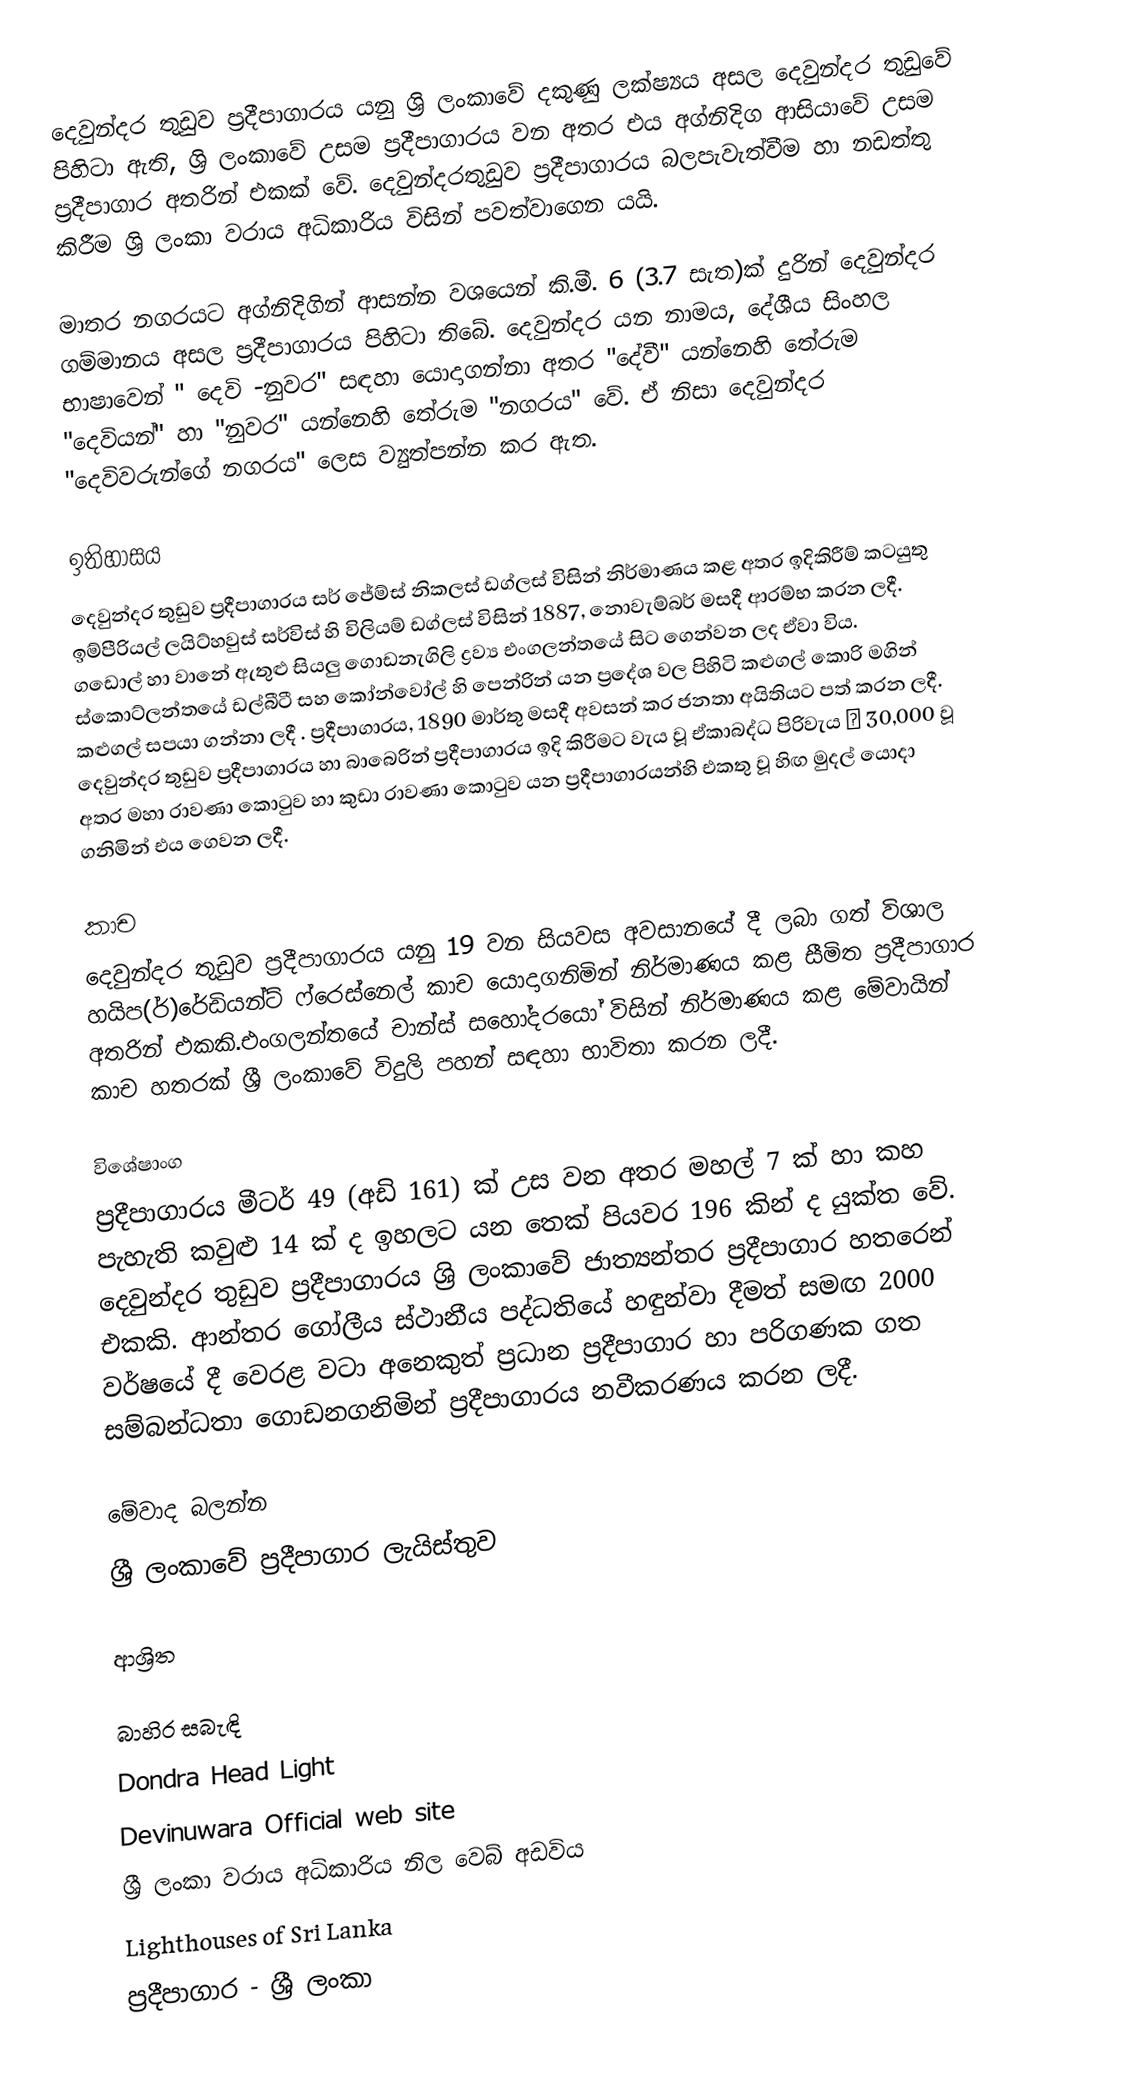
දෙවුන්දර තුඩුව ප්‍රදීපාගාරය යනු ශ්‍රි ලංකාවේ දකුණු ලක්ෂ්‍යය අසල දෙවුන්දර තුඩුවේ පිහිටා ඇති, ශ්‍රි ලංකාවේ උසම ප්‍රදීපාගාරය වන අතර එය අග්නිදිග ආසියාවේ උසම ප්‍රදීපාගාර අතරින් එකක් වේ. දෙවුන්දරතුඩුව ප්‍රදීපාගාරය බලපැවැත්වීම හා නඩත්තු කිරීම ශ්‍රි  ලංකා වරාය අධිකාරිය විසින් පවත්වාගෙන යයි.

මාතර නගරයට අග්නිදිගින් ආසන්න වශයෙන් කි.මී. 6 (3.7 සැත)ක් දුරින් දෙවුන්දර ගම්මානය අසල ප්‍රදීපාගාරය පිහිටා තිබේ. දෙවුන්දර යන නාමය, දේශීය සිංහල භාෂාවෙන් " දෙවි -නුවර" සඳහා යොදාගන්නා අතර  "දේවී" යන්නෙහි තේරුම "දෙවියන්" හා "නුවර" යන්නෙහි තේරුම "නගරය" වේ. ඒ නිසා දෙවුන්දර "දෙවිවරුන්ගේ නගරය"  ලෙස ව්‍යුත්පන්න කර ඇත.

ඉතිහාසය
දෙවුන්දර තුඩුව ප්‍රදීපාගාරය සර් ජේම්ස් නිකලස් ඩග්ලස් විසින් නිර්මාණය කළ අතර ඉදිකිරීම් කටයුතු ඉම්පීරියල් ලයිට්හවුස් සර්විස්  හි විලියම් ඩග්ලස් විසින් 1887, නොවැම්බර් මසදී ආරම්භ කරන ලදී. ගඩොල් හා වානේ ඇතුළු සියලු ගොඩනැගිලි  ද්‍රව්‍ය එංගලන්තයේ සිට ගෙන්වන ලද ඒවා විය. ස්කොට්ලන්තයේ  ඩල්බීටී සහ කෝන්වෝල් හි පෙන්‍රින් යන ප්‍රදේශ වල පිහිටි කළුගල් කොරි මගින් කළුගල් සපයා ගන්නා ලදී . ප්‍රදීපාගාරය, 1890 මාර්තු මසදී අවසන් කර ජනතා අයිතියට පත් කරන ලදී. දෙවුන්දර තුඩුව ප්‍රදීපාගාරය හා බාබෙරින් ප්‍රදීපාගාරය ඉදි කිරීමට වැය වූ  ඒකාබද්ධ පිරිවැය ₤ 30,000 වූ අතර මහා රාවණා කොටුව හා කුඩා රාවණා කොටුව යන ප්‍රදීපාගාරයන්හි එකතු වූ හිඟ මුදල් යොදා ගනිමින් එය ගෙවන ලදී.

කාච
දෙවුන්දර තුඩුව ප්‍රදීපාගාරය යනු 19 වන සියවස අවසානයේ දී ලබා ගත් විශාල හයිප(ර්)රේඩියන්ට් ෆ්රෙස්නෙල් කාච යොදාගනිමින් නිර්මාණය කළ සීමිත ප්‍රදීපාගාර අතරින් එකකි.එංගලන්තයේ චාන්ස් සහෝදරයෝ විසින් නිර්මාණය කළ මේවායින් කාච හතරක් ශ්‍රී ලංකාවේ  විදුලි පහන් සඳහා භාවිතා කරන ලදී.

විශේෂාංග
ප්‍රදීපාගාරය මීටර් 49 (අඩි 161) ක් උස වන අතර මහල් 7 ක් හා කහ පැහැති කවුළු 14 ක් ද ඉහලට යන තෙක් පියවර 196 කින් ද යුක්ත වේ. දෙවුන්දර තුඩුව ප්‍රදීපාගාරය ශ්‍රි ලංකාවේ ජාත්‍යන්තර ප්‍රදීපාගාර හතරෙන් එකකි. ආන්තර ගෝලීය ස්ථානීය පද්ධතියේ හඳුන්වා දීමත් සමඟ 2000 වර්ෂයේ දී වෙරළ වටා අනෙකුත් ප්‍රධාන ප්‍රදීපාගාර හා පරිගණක ගත සම්බන්ධතා ගොඩනගනිමින් ප්‍රදීපාගාරය නවීකරණය කරන ලදී.

මේවාද බලන්න
 ශ්‍රී ලංකාවේ ප්‍රදීපාගාර ලැයිස්තුව

ආශ්‍රිත

බාහිර සබැඳි
 Dondra Head Light
 Devinuwara Official web site
 ශ්‍රී ලංකා වරාය අධිකාරිය නිල වෙබ් අඩවිය
 Lighthouses of Sri Lanka
ප්‍රදීපාගාර - ශ්‍රී ලංකා